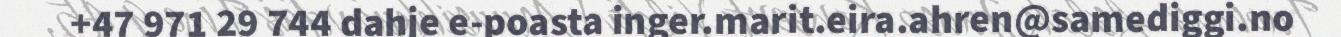
+47 971 29 744 dahje e-poasta inger.marit.eira.ahren@samediggi.no